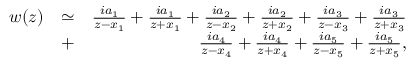
\begin{array} { r l r } { w ( z ) } & { \simeq } & { \frac { i a _ { 1 } } { z - x _ { 1 } } + \frac { i a _ { 1 } } { z + x _ { 1 } } + \frac { i a _ { 2 } } { z - x _ { 2 } } + \frac { i a _ { 2 } } { z + x _ { 2 } } + \frac { i a _ { 3 } } { z - x _ { 3 } } + \frac { i a _ { 3 } } { z + x _ { 3 } } } \\ & { + } & { \frac { i a _ { 4 } } { z - x _ { 4 } } + \frac { i a _ { 4 } } { z + x _ { 4 } } + \frac { i a _ { 5 } } { z - x _ { 5 } } + \frac { i a _ { 5 } } { z + x _ { 5 } } , } \end{array}